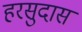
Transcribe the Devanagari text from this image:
हरसुदास